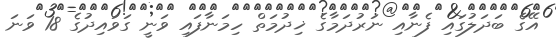
އޭގެ ބަދަލުގައި ފެނާއި ނަރުދަމާގެ ޚިދުމަތް ހިމަނާފައި ވަނީ ގަވައިދުގެ 18 ވަނަ